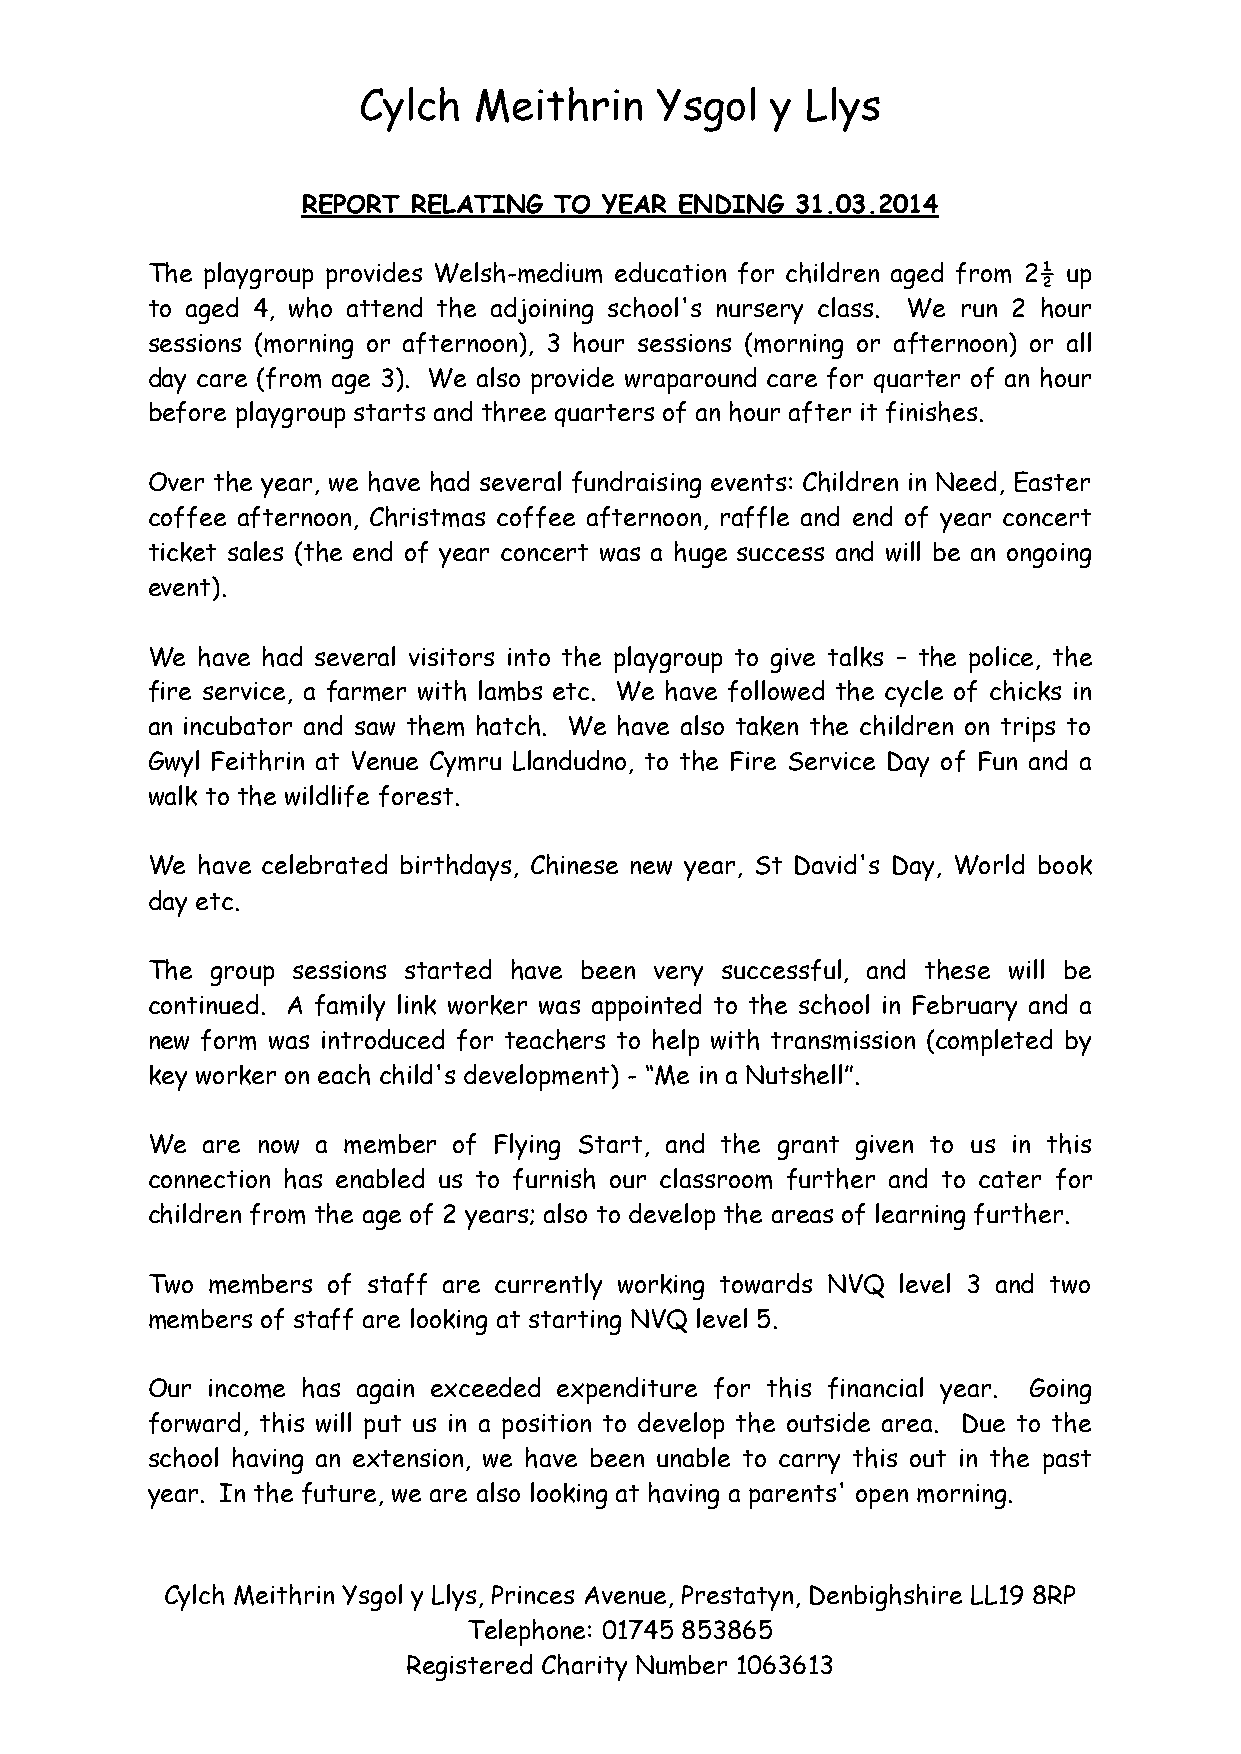
Cylch  Meithrin    Ysgol   y Llys
 REPORT RELATING  TO YEAR ENDING  31.03.2014
 The playgroup provides Welsh-medium education for children aged from 2½ up
 to aged 4, who attend the adjoining school's nursery class. We run 2 hour
 sessions (morning or afternoon), 3 hour sessions (morning or afternoon) or all
 day care (from age 3). We also provide wraparound care for quarter of an hour
 before playgroup starts and three quarters of an hour after it finishes.
 Over the year, we have had several fundraising events: Children in Need, Easter
 coffee afternoon, Christmas coffee afternoon, raffle and end of year concert
 ticket sales (the end of year concert was a huge success and will be an ongoing
 event).
 We have had several visitors into the playgroup to give talks – the police, the
 fire service, a farmer with lambs etc. We have followed the cycle of chicks in
 an incubator and saw them hatch. We have also taken the children on trips to
 Gwyl Feithrin at Venue Cymru Llandudno, to the Fire Service Day of Fun and a
 walk to the wildlife forest.
 We have celebrated birthdays, Chinese new year, St David's Day, World book
 day etc.
 The group sessions started have been very successful, and these will be
 continued. A family link worker was appointed to the school in February and a
 new form was introduced for teachers to help with transmission (completed by
 key worker on each child's development) - “Me in a Nutshell”.
 We are now a member of Flying Start, and the grant given to us in this
 connection has enabled us to furnish our classroom further and to cater for
 children from the age of 2 years; also to develop the areas of learning further.
 Two members of staff are currently working towards NVQ level 3 and two
 members of staff are looking at starting NVQ level 5.
 Our income has again exceeded expenditure for this financial year. Going
 forward, this will put us in a position to develop the outside area. Due to the
 school having an extension, we have been unable to carry this out in the past
 year. In the future, we are also looking at having a parents' open morning.
 Cylch Meithrin Ysgol y Llys, Princes Avenue, Prestatyn, Denbighshire LL19 8RP
 Telephone: 01745 853865
 Registered Charity Number 1063613